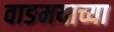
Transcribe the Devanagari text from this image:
वाङमयाच्या